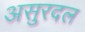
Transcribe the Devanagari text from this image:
असुरदल